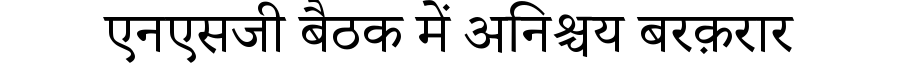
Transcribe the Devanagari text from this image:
एनएसजी बैठक में अनिश्चय बरक़रार